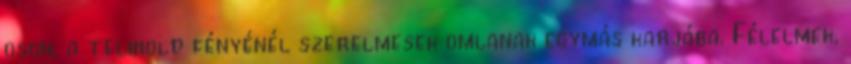
oson, a telihold fényénél szerelmesek omlanak egymás karjába. Félelmek,